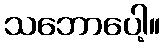
သဘောပေါ့။